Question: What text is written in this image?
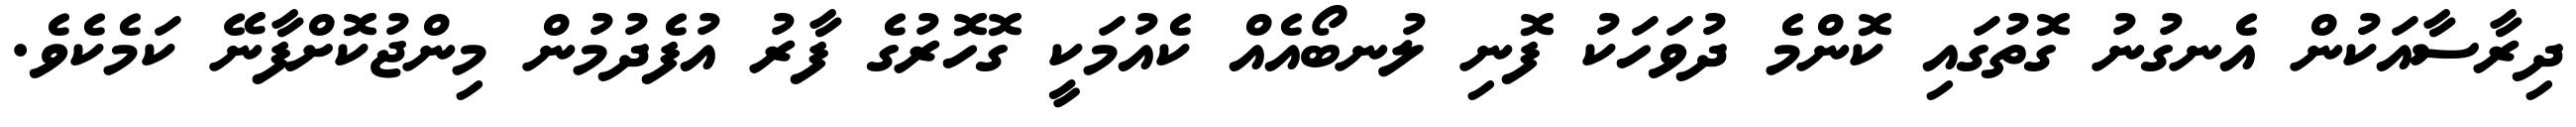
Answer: ދިރާސާއަކުން އެނގުނު ގޮތުގައި ކޮންމެ ދުވަހަކު ފޮނި ލުނބޯއެއް ކެއުމަކީ ގޮހޮރުގެ ފާރު އުފެދުމުން މިންޖުކޮށްފާނޭ ކަމެކެވެ.